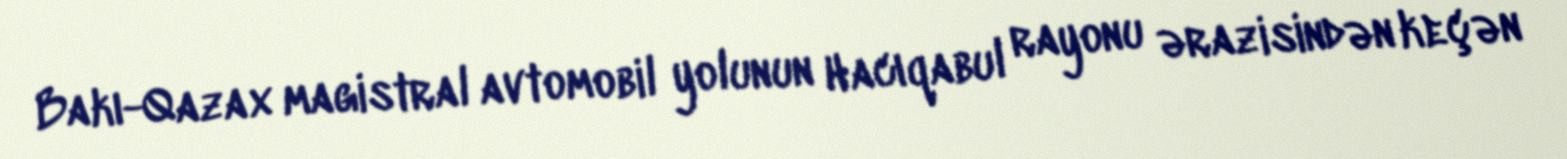
Bakı-Qazax magistral avtomobil yolunun Hacıqabul rayonu ərazisindən keçən